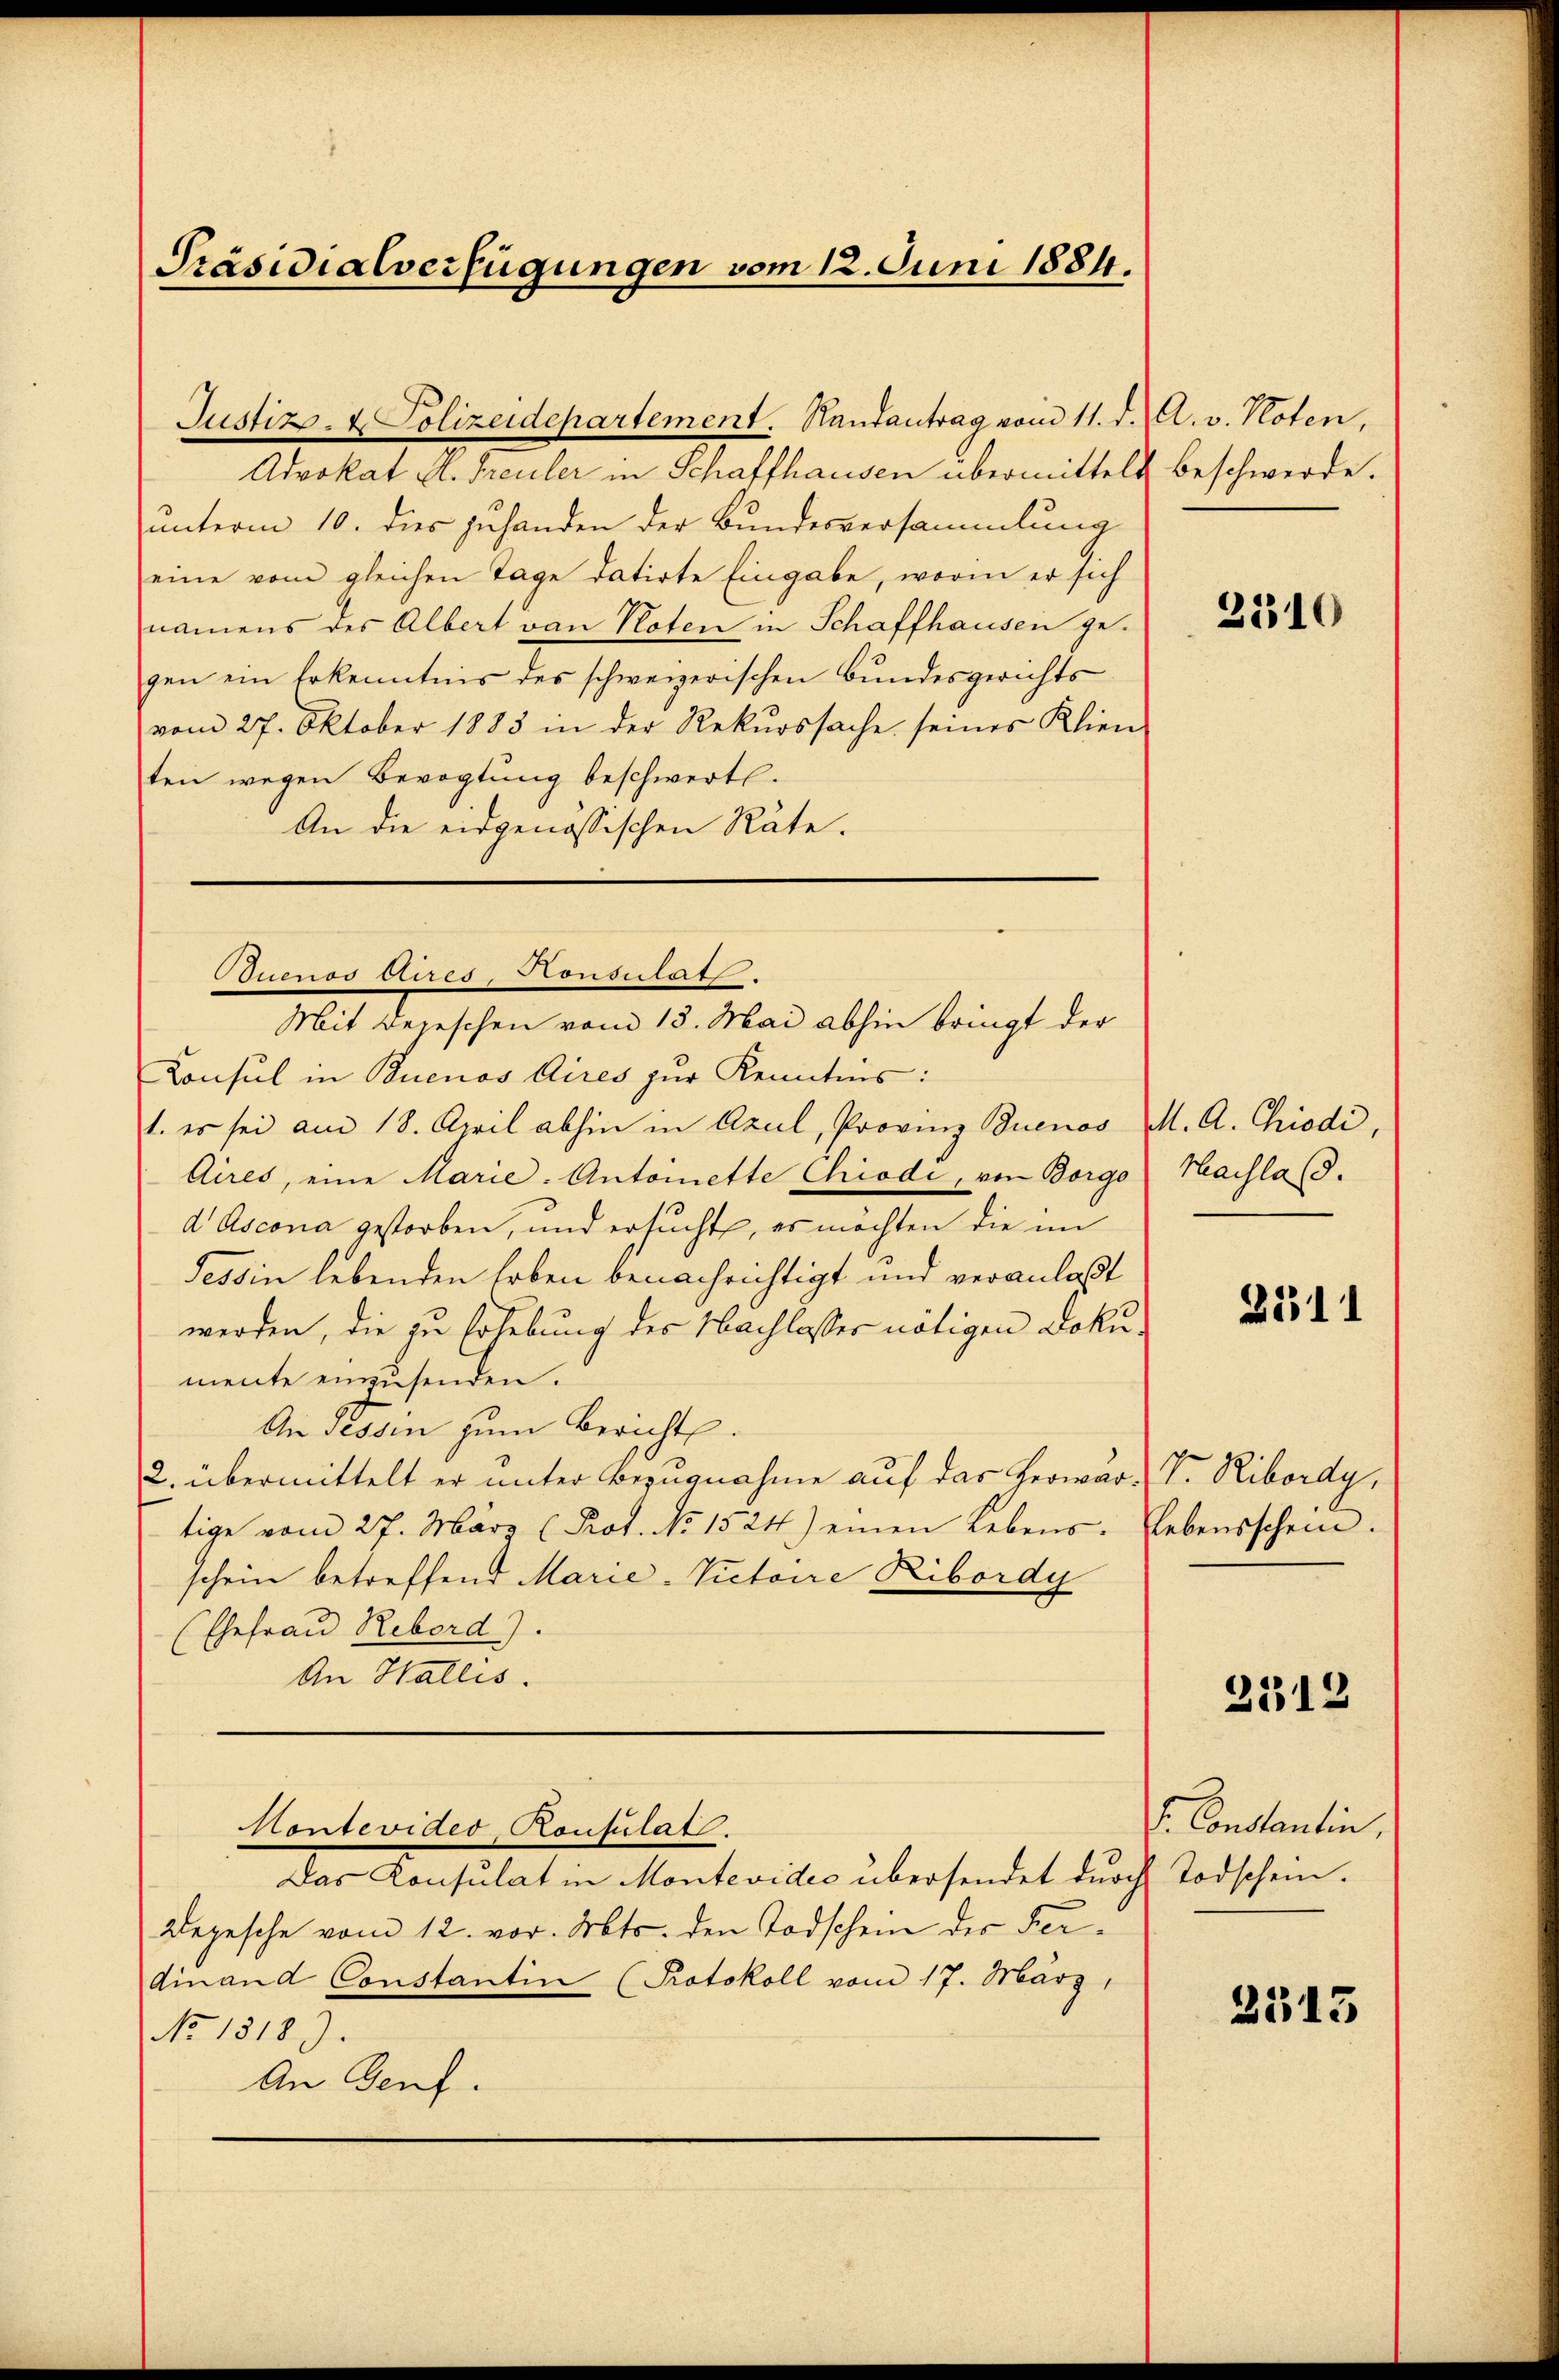
Präsidialverfügungen vom 12. Juni 1884.

Justiz- & Polizeidepartement. Hautantrag vom 11. d. A. v. Noten,
Advokat H. Treuler in Schaffhausen übermittelt beschwerde.
unterm 10. dies zuhanden der Bundesversammlung
eine vom gleichen Tage datirte Eingabe, worin er sich
namens des Albert von Noten in Schaffhausen gegen ein Erkenntnis des schweizerischen Bundesgerichtsvom 27. Oktober 1883 in der Rekurssache seines Klien-
ten wegen Bevogtung beschwerte.
An die eidgenössischen Räte.

Quenos Aires, Konsulats.
Mit Depeschen vom 13. Mai abhin bringt der

Konsul in Buenos Aires zur Kenntnis:
1. es sei am 18. April abhin in Axul, Provinz Buenos M. A. Chiodi,
Aires, eine Marie-Antoinette Chiodi, von Borgo
d Ascona gestorben, und ersucht, es möchten die im
Tessin lebenden Erben benachrichtigt und veranlaßt
werden, die zu Erhebung des Nachlasser nötigen Dokumente einzusenden.
An Tessin zum Bericht.
2. übermittelt er unter Bezugnahme auf das Herwar-V. Ribordy,
tige vom 27. März (Prot. No 1524.) einen Lebens. Lebensschein.
schein betreffend Marie-Victore Ribordy
Ehefrau Reberd).
An Wallis.
Montevideo Rousulat
Das Konsulat in Montevides übersendet durch Todschein.
Depesche vom 12. vor. Mts. den Todschein der Ferdinand Constantin (Protokoll vom 17. März,
No 1318).
An Genf.

2310

Machlaß.

211

2312

s. Constantin,

2513